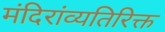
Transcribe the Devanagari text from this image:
मंदिरांव्यतिरिक्त